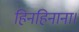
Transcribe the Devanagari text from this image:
हिनहिनाना।